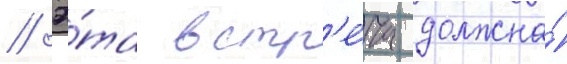
// Э́та встр'е́ча должна́